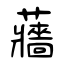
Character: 蘠